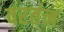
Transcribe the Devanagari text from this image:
वरतंन